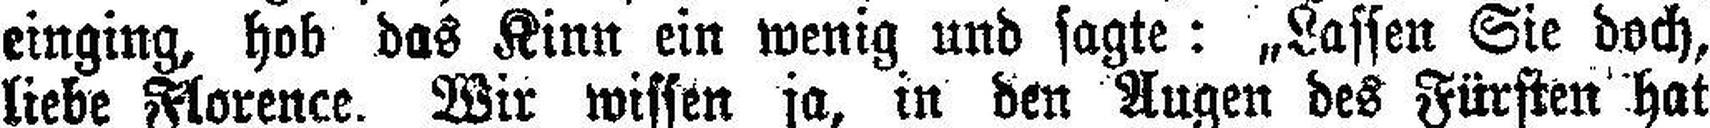
einging, hob das Kinn ein wenig und sagte: „Lassen Sie doch,